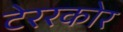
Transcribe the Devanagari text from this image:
टेररकोर